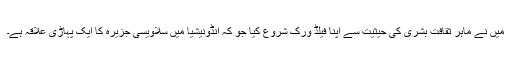
میں نے ماہرِ ثقافتِ بشری کی حیثیت سے اپنا فیلڈ ورک شروع کیا جو کہ انڈونیشیا میں سلاویسی جزیرہ کا ایک پہاڑی علاقہ ہے۔